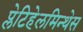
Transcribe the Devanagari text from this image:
प्लेटिहेलमिन्थेस